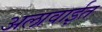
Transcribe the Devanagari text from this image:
अलावाईत